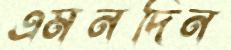
এমনদিন